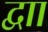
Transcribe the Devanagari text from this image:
द्वाा